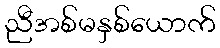
ညီအစ်မနှစ်ယောက်